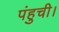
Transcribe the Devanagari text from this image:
पंहुची।